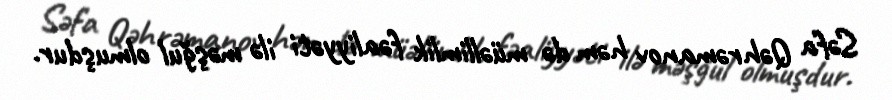
Səfa Qəhrəmanov həm də müəllimlik fəaliyyəti ilə məşğul olmuşdur.